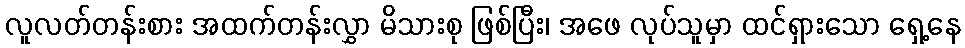
လူလတ်တန်းစား အထက်တန်းလွှာ မိသားစု ဖြစ်ပြီး၊ အဖေ လုပ်သူမှာ ထင်ရှားသော ရှေ့နေ